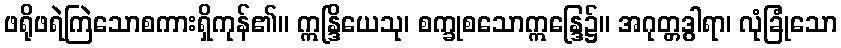
ဖရိုဖရဲကြဲသောစကားရှိကုန်၏။ ဣန္ဒြိယေသု၊ စက္ခုစသောဣန္ဒြေ၌။ အဂုတ္တဒွါရာ၊ လုံခြုံသော